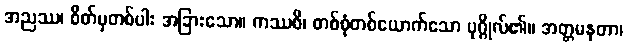
အညဿ၊ စိတ်မှတစ်ပါး အခြားသော။ ကဿစိ၊ တစ်စုံတစ်ယောက်သော ပုဂ္ဂိုလ်၏။ အတ္တမနတာ၊